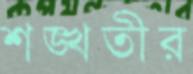
শঙ্খতীর